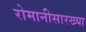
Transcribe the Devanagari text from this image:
रोमानीसारख्या